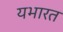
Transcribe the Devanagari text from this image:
यभारत